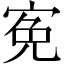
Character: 𡨚